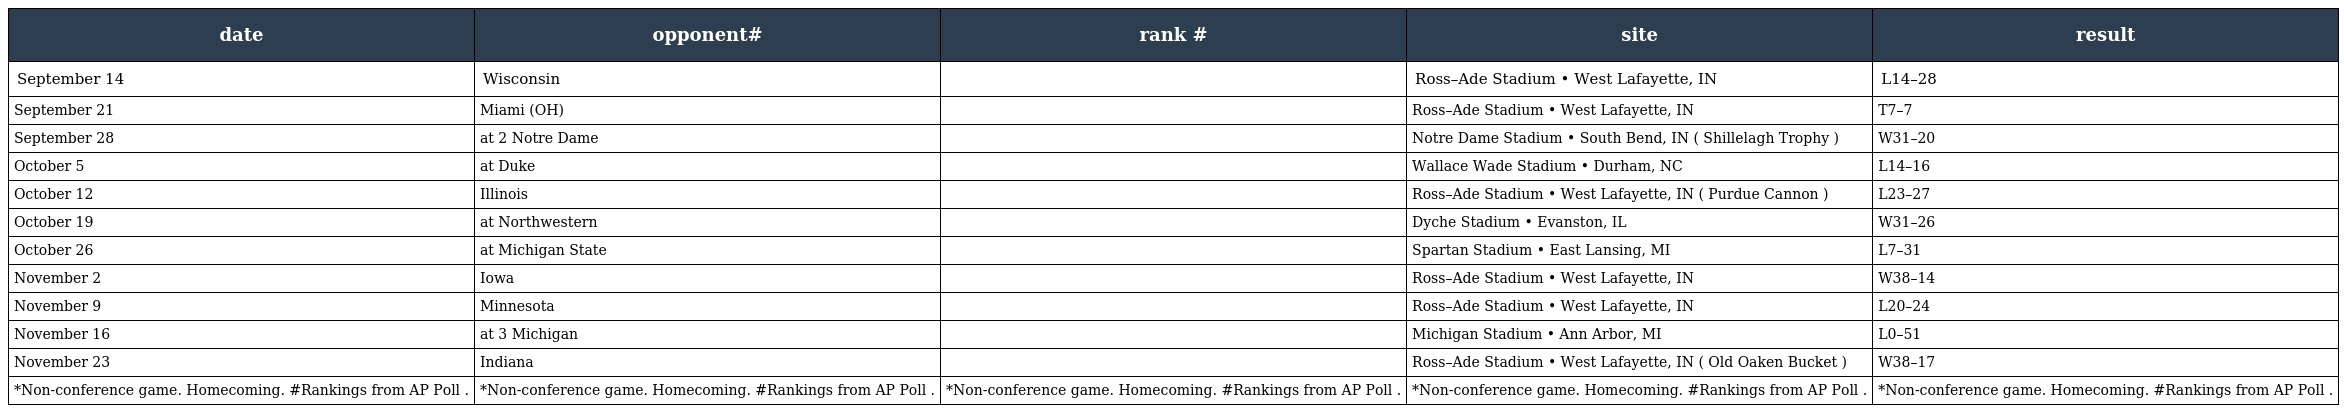
| date | opponent# | rank # | site | result |
 | --- | --- | --- | --- | --- |
 | September 14 | Wisconsin |  | Ross–Ade Stadium • West Lafayette, IN | L14–28 |
 | September 21 | Miami (OH) |  | Ross–Ade Stadium • West Lafayette, IN | T7–7 |
 | September 28 | at 2 Notre Dame |  | Notre Dame Stadium • South Bend, IN ( Shillelagh Trophy ) | W31–20 |
 | October 5 | at Duke |  | Wallace Wade Stadium • Durham, NC | L14–16 |
 | October 12 | Illinois |  | Ross–Ade Stadium • West Lafayette, IN ( Purdue Cannon ) | L23–27 |
 | October 19 | at Northwestern |  | Dyche Stadium • Evanston, IL | W31–26 |
 | October 26 | at Michigan State |  | Spartan Stadium • East Lansing, MI | L7–31 |
 | November 2 | Iowa |  | Ross–Ade Stadium • West Lafayette, IN | W38–14 |
 | November 9 | Minnesota |  | Ross–Ade Stadium • West Lafayette, IN | L20–24 |
 | November 16 | at 3 Michigan |  | Michigan Stadium • Ann Arbor, MI | L0–51 |
 | November 23 | Indiana |  | Ross–Ade Stadium • West Lafayette, IN ( Old Oaken Bucket ) | W38–17 |
 | *Non-conference game. Homecoming. #Rankings from AP Poll . | *Non-conference game. Homecoming. #Rankings from AP Poll . | *Non-conference game. Homecoming. #Rankings from AP Poll . | *Non-conference game. Homecoming. #Rankings from AP Poll . | *Non-conference game. Homecoming. #Rankings from AP Poll . |